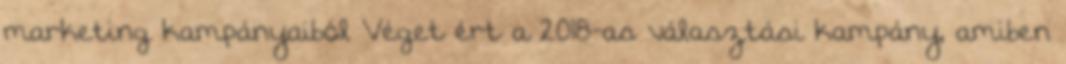
marketing kampányaiból Véget ért a 2018-as választási kampány, amiben